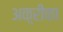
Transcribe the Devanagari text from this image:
अक़्रीका